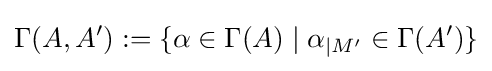
\Gamma (A,A'):=\{\alpha \in \Gamma (A)\mid \alpha _{\mid M'}\in \Gamma (A')\}